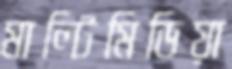
মাল্টিমিডিয়া